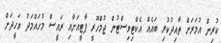
ކުރިން އުމަރަށް ތާއިދުކުރި ބައެއް އެކްޓިވިސްޓުން ޖުމްހޫރީ ޕާޓީއަށާއި ރައީސް މުހައްމަދު ވަހީދަށް